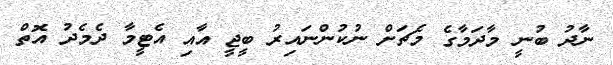
ނާދު ބުނީ މާދަމާގެ މެޗަށް ނުކުންނައިރު ބީޖީ އާއި އެޓީމާ ދެމެދު އޮތް